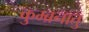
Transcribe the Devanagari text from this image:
कुम्ब्रनातु